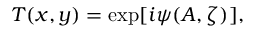
T ( x , y ) = \exp [ i \psi ( A , \zeta ) ] ,